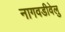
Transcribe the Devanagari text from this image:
नागवडीवेलु